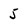
Character: 5